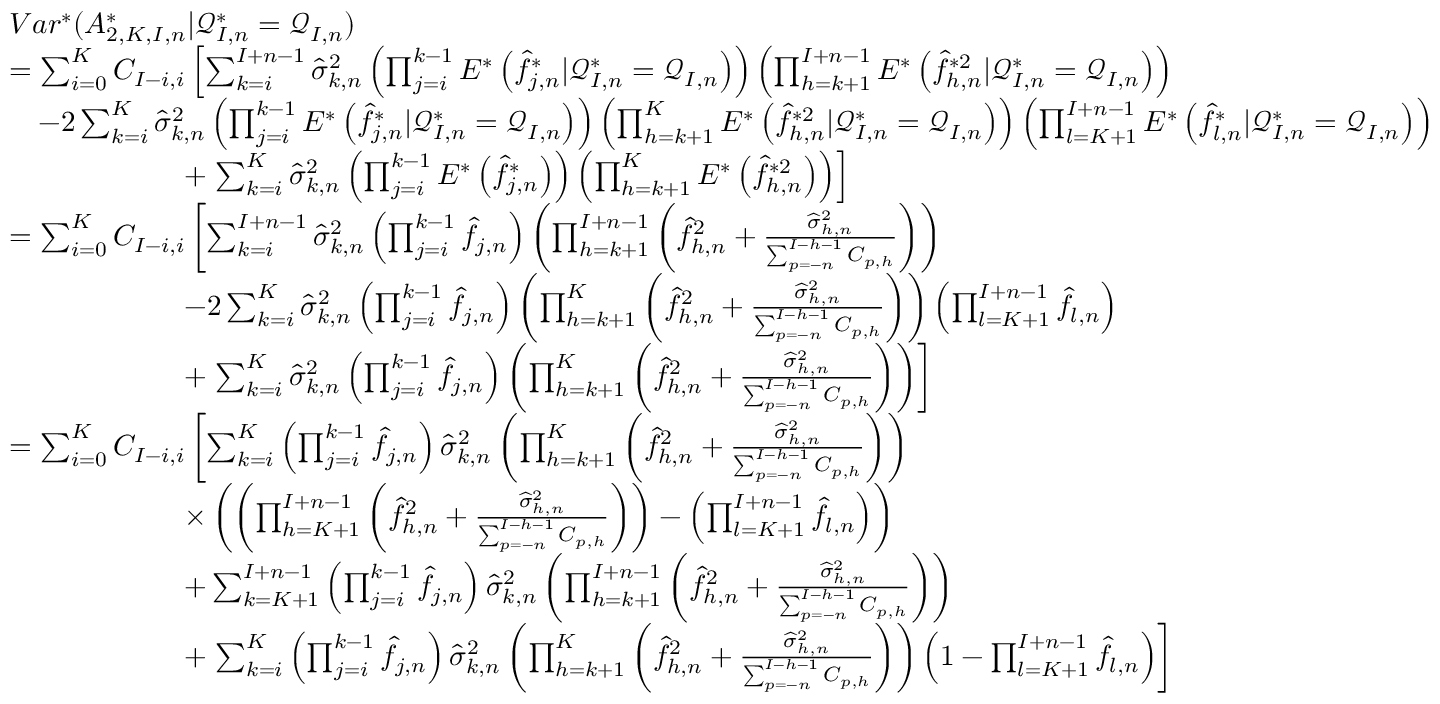
\begin{array} { r l } & { V a r ^ { * } ( A _ { 2 , K , I , n } ^ { * } | \mathcal { Q } _ { I , n } ^ { * } = \mathcal { Q } _ { I , n } ) } \\ & { = \sum _ { i = 0 } ^ { K } C _ { I - i , i } \left[ \sum _ { k = i } ^ { I + n - 1 } \widehat \sigma _ { k , n } ^ { 2 } \left( \prod _ { j = i } ^ { k - 1 } E ^ { * } \left( \widehat f _ { j , n } ^ { * } | \mathcal { Q } _ { I , n } ^ { * } = \mathcal { Q } _ { I , n } \right) \right) \left( \prod _ { h = k + 1 } ^ { I + n - 1 } E ^ { * } \left( \widehat f _ { h , n } ^ { * 2 } | \mathcal { Q } _ { I , n } ^ { * } = \mathcal { Q } _ { I , n } \right) \right) \right. } \\ & { \quad - 2 \sum _ { k = i } ^ { K } \widehat \sigma _ { k , n } ^ { 2 } \left( \prod _ { j = i } ^ { k - 1 } E ^ { * } \left( \widehat f _ { j , n } ^ { * } | \mathcal { Q } _ { I , n } ^ { * } = \mathcal { Q } _ { I , n } \right) \right) \left( \prod _ { h = k + 1 } ^ { K } E ^ { * } \left( \widehat f _ { h , n } ^ { * 2 } | \mathcal { Q } _ { I , n } ^ { * } = \mathcal { Q } _ { I , n } \right) \right) \left( \prod _ { l = K + 1 } ^ { I + n - 1 } E ^ { * } \left( \widehat f _ { l , n } ^ { * } | \mathcal { Q } _ { I , n } ^ { * } = \mathcal { Q } _ { I , n } \right) \right) } \\ & { \qquad \qquad \qquad + \left. \sum _ { k = i } ^ { K } \widehat \sigma _ { k , n } ^ { 2 } \left( \prod _ { j = i } ^ { k - 1 } E ^ { * } \left( \widehat f _ { j , n } ^ { * } \right) \right) \left( \prod _ { h = k + 1 } ^ { K } E ^ { * } \left( \widehat f _ { h , n } ^ { * 2 } \right) \right) \right] } \\ & { = \sum _ { i = 0 } ^ { K } C _ { I - i , i } \left[ \sum _ { k = i } ^ { I + n - 1 } \widehat \sigma _ { k , n } ^ { 2 } \left( \prod _ { j = i } ^ { k - 1 } \widehat { f } _ { j , n } \right) \left( \prod _ { h = k + 1 } ^ { I + n - 1 } \left( \widehat { f } _ { h , n } ^ { 2 } + \frac { \widehat \sigma _ { h , n } ^ { 2 } } { \sum _ { p = - n } ^ { I - h - 1 } C _ { p , h } } \right) \right) \right. } \\ & { \qquad \qquad \qquad - 2 \sum _ { k = i } ^ { K } \widehat \sigma _ { k , n } ^ { 2 } \left( \prod _ { j = i } ^ { k - 1 } \widehat { f } _ { j , n } \right) \left( \prod _ { h = k + 1 } ^ { K } \left( \widehat { f } _ { h , n } ^ { 2 } + \frac { \widehat \sigma _ { h , n } ^ { 2 } } { \sum _ { p = - n } ^ { I - h - 1 } C _ { p , h } } \right) \right) \left( \prod _ { l = K + 1 } ^ { I + n - 1 } \widehat { f } _ { l , n } \right) } \\ & { \qquad \qquad \qquad + \left. \sum _ { k = i } ^ { K } \widehat \sigma _ { k , n } ^ { 2 } \left( \prod _ { j = i } ^ { k - 1 } \widehat { f } _ { j , n } \right) \left( \prod _ { h = k + 1 } ^ { K } \left( \widehat { f } _ { h , n } ^ { 2 } + \frac { \widehat \sigma _ { h , n } ^ { 2 } } { \sum _ { p = - n } ^ { I - h - 1 } C _ { p , h } } \right) \right) \right] } \\ & { = \sum _ { i = 0 } ^ { K } C _ { I - i , i } \left[ \sum _ { k = i } ^ { K } \left( \prod _ { j = i } ^ { k - 1 } \widehat { f } _ { j , n } \right) \widehat \sigma _ { k , n } ^ { 2 } \left( \prod _ { h = k + 1 } ^ { K } \left( \widehat { f } _ { h , n } ^ { 2 } + \frac { \widehat \sigma _ { h , n } ^ { 2 } } { \sum _ { p = - n } ^ { I - h - 1 } C _ { p , h } } \right) \right) \right. } \\ & { \qquad \qquad \qquad \times \left( \left( \prod _ { h = K + 1 } ^ { I + n - 1 } \left( \widehat { f } _ { h , n } ^ { 2 } + \frac { \widehat \sigma _ { h , n } ^ { 2 } } { \sum _ { p = - n } ^ { I - h - 1 } C _ { p , h } } \right) \right) - \left( \prod _ { l = K + 1 } ^ { I + n - 1 } \widehat { f } _ { l , n } \right) \right) } \\ & { \qquad \qquad \qquad + \sum _ { k = K + 1 } ^ { I + n - 1 } \left( \prod _ { j = i } ^ { k - 1 } \widehat { f } _ { j , n } \right) \widehat \sigma _ { k , n } ^ { 2 } \left( \prod _ { h = k + 1 } ^ { I + n - 1 } \left( \widehat { f } _ { h , n } ^ { 2 } + \frac { \widehat \sigma _ { h , n } ^ { 2 } } { \sum _ { p = - n } ^ { I - h - 1 } C _ { p , h } } \right) \right) } \\ & { \qquad \qquad \qquad + \left. \sum _ { k = i } ^ { K } \left( \prod _ { j = i } ^ { k - 1 } \widehat { f } _ { j , n } \right) \widehat \sigma _ { k , n } ^ { 2 } \left( \prod _ { h = k + 1 } ^ { K } \left( \widehat { f } _ { h , n } ^ { 2 } + \frac { \widehat \sigma _ { h , n } ^ { 2 } } { \sum _ { p = - n } ^ { I - h - 1 } C _ { p , h } } \right) \right) \left( 1 - \prod _ { l = K + 1 } ^ { I + n - 1 } \widehat { f } _ { l , n } \right) \right] } \end{array}